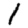
Digit: 1